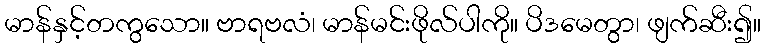
မာန်နှင့်တကွသော။ ဗာရဗလံ၊ မာန်မင်းဖိုလ်ပါကို။ ပိဒမေတွာ၊ ဖျက်ဆီး၍။